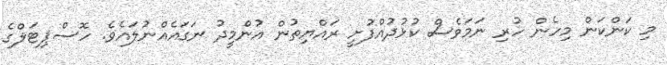
މި ކަންކަން މިހެން ހުރި ނަމަވެސް ކުޅުދުއްފުށީ ރައްޔިތުން އުންމީދު ނަގައެއްނުލައެވެ. ހޮސްޕިޓަލްގެ